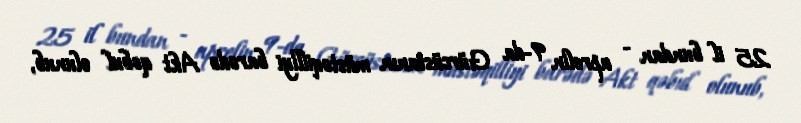
25 il bundan - aprelin 9-da Gürcüstanın müstəqilliyi barədə Akt qəbul olunub,